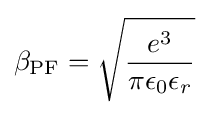
\beta _{\text{PF}}={\sqrt {\frac {e^{3}}{\pi \epsilon _{0}\epsilon _{r}}}}